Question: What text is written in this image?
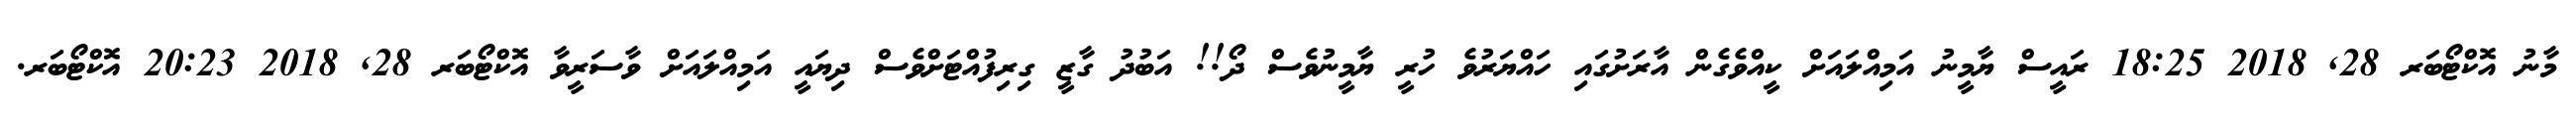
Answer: މާނު އޮކްޓޯބަރ 28, 2018 18:25 ރައީސް ޔާމީނު އަމިއްލައަށް ކީއްވެގެން އާރަށުގައި ހައްޔަރުވެ ހުރީ ޔާމީނުވެސް ދޯ!! އަބުދު ގާޒީ ގިރިފުއްޓަށްވެސް ދިޔައީ އަމިއްލައަށް ވާސަރީވާ އޮކްޓޯބަރ 28, 2018 20:23 އޮކްޓޯބަރ.